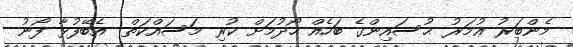
މެންބަރު ޢުމަރު ޙުސައިންގެ ބަހެއް ހޯދުމަށް ކުރި މަސައްކަތް  އެބޭފުޅާ ފޯނު